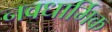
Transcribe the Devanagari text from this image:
नवधार्मिक